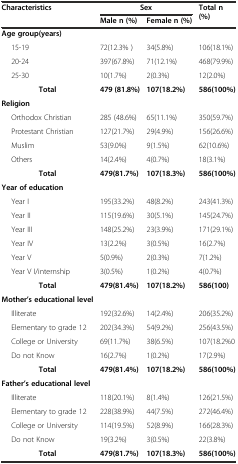
<table><thead><tr><td rowspan="2"><b>Characteristics</b></td><td colspan="2"><b>Sex</b></td><td rowspan="2"><b>Total n (%)</b></td></tr><tr><td><b>Male n (%)</b></td><td><b>Female n (%)</b></td></tr></thead><tbody><tr><td><b>Age group(years)</b></td><td></td><td></td><td></td></tr><tr><td>15-19</td><td>72(12.3% )</td><td>34(5.8%)</td><td>106(18.1%)</td></tr><tr><td>20-24</td><td>397(67.8%)</td><td>71(12.1%)</td><td>468(79.9%)</td></tr><tr><td>25-30</td><td>10(1.7%)</td><td>2(0.3%)</td><td>12(2.0%)</td></tr><tr><td><b>Total</b></td><td><b>479 (81.8%</b><b>)</b></td><td><b>107(18.2%</b><b>)</b></td><td><b>586(100%</b><b>)</b></td></tr><tr><td><b>Religion</b></td><td></td><td></td><td></td></tr><tr><td>Orthodox Christian</td><td>285 (48.6%)</td><td>65(11.1%)</td><td>350(59.7%)</td></tr><tr><td>Protestant Christian</td><td>127(21.7%)</td><td>29(4.9%)</td><td>156(26.6%)</td></tr><tr><td>Muslim</td><td>53(9.0%)</td><td>9(1.5%)</td><td>62(10.6%)</td></tr><tr><td>Others</td><td>14(2.4%)</td><td>4(0.7%)</td><td>18(3.1%)</td></tr><tr><td><b>Total</b></td><td><b>479(81.7%</b><b>)</b></td><td><b>107(18.3%</b><b>)</b></td><td><b>586(100%</b><b>)</b></td></tr><tr><td><b>Year of education</b></td><td></td><td></td><td></td></tr><tr><td>Year I</td><td>195(33.2%)</td><td>48(8.2%)</td><td>243(41.3%)</td></tr><tr><td>Year II</td><td>115(19.6%)</td><td>30(5.1%)</td><td>145(24.7%)</td></tr><tr><td>Year III</td><td>148(25.2%)</td><td>23(3.9%)</td><td>171(29.1%)</td></tr><tr><td>Year IV</td><td>13(2.2%)</td><td>3(0.5%)</td><td>16(2.7%)</td></tr><tr><td>Year V</td><td>5(0.9%)</td><td>2(0.3%)</td><td>7(1.2%)</td></tr><tr><td>Year V I/internship</td><td>3(0.5%)</td><td>1(0.2%)</td><td>4(0.7%)</td></tr><tr><td><b>Total</b></td><td><b>479(81.4%</b><b>)</b></td><td><b>107(18.2%</b><b>)</b></td><td><b>586(100)</b></td></tr><tr><td><b>Mother’s educational level</b></td><td></td><td></td><td></td></tr><tr><td>Illiterate</td><td>192(32.6%)</td><td>14(2.4%)</td><td>206(35.2%)</td></tr><tr><td>Elementary to grade 12</td><td>202(34.3%)</td><td>54(9.2%)</td><td>256(43.5%)</td></tr><tr><td>College or University</td><td>69(11.7%)</td><td>38(6.5%)</td><td>107(18.2%0</td></tr><tr><td>Do not Know</td><td>16(2.7%)</td><td>1(0.2%)</td><td>17(2.9%)</td></tr><tr><td><b>Total</b></td><td><b>479(81.4%</b><b>)</b></td><td><b>107(18.2%</b><b>)</b></td><td><b>586(100%</b><b>)</b></td></tr><tr><td><b>Father’s educational level</b></td><td></td><td></td><td></td></tr><tr><td>Illiterate</td><td>118(20.1%)</td><td>8(1.4%)</td><td>126(21.5%)</td></tr><tr><td>Elementary to grade 12</td><td>228(38.9%)</td><td>44(7.5%)</td><td>272(46.4%)</td></tr><tr><td>College or University</td><td>114(19.5%)</td><td>52(8.9%)</td><td>166(28.3%)</td></tr><tr><td>Do not Know</td><td>19(3.2%)</td><td>3(0.5%)</td><td>22(3.8%)</td></tr><tr><td><b>Total</b></td><td><b>479(81.7%</b><b>)</b></td><td><b>107(18.3%</b><b>)</b></td><td><b>586(100%</b><b>)</b></td></tr></tbody></table>